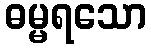
ဓမ္မရသော